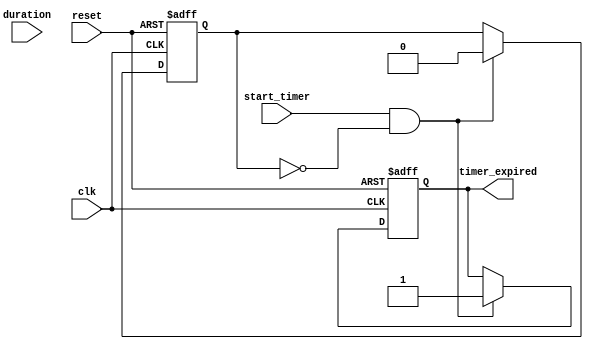
module timer_event (
    input wire clk,                // Clock signal
    input wire reset,              // Reset signal
    input wire start_timer,        // Signal to start the timer
    input wire [31:0] duration,    // Timer duration in nanoseconds
    output reg timer_expired       // Timer expired signal
);

    // State variable to track timer status
    reg timer_active;

    // Timer process
    always @(posedge clk or posedge reset) begin
        if (reset) begin
            timer_active <= 1'b0;    // Reset timer state
            timer_expired <= 1'b0;   // Clear expired signal
        end else if (start_timer && !timer_active) begin
            timer_active <= 1'b1;     // Activate timer
            timer_expired <= 1'b0;    // Clear expired signal
            // Start the timer with a non-blocking delay
            #duration timer_expired <= 1'b1; // Set expired signal after duration
            timer_active <= 1'b0;     // Deactivate timer after expiry
        end
    end

endmodule